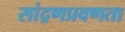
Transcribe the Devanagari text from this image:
सांद्रणप्रवणता